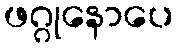
ဖဂ္ဂုနောပေ